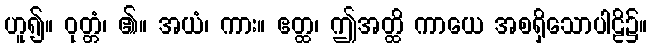
ဟူ၍။ ဝုတ္တံ၊ ၏။ အယံ၊ ကား။ ဧတ္ထ၊ ဤအတ္ထိ ကာယေ အစရှိသောပါဠိ၌။